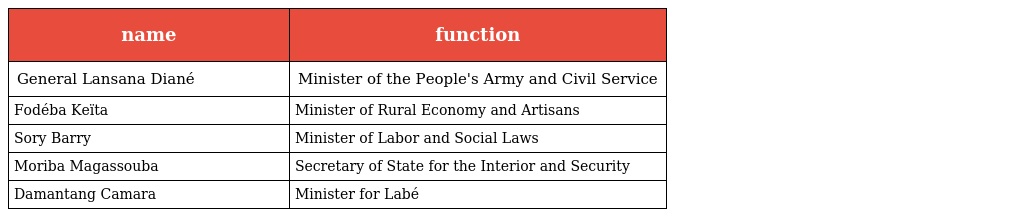
| name | function |
 | --- | --- |
 | General Lansana Diané | Minister of the People's Army and Civil Service |
 | Fodéba Keïta | Minister of Rural Economy and Artisans |
 | Sory Barry | Minister of Labor and Social Laws |
 | Moriba Magassouba | Secretary of State for the Interior and Security |
 | Damantang Camara | Minister for Labé |